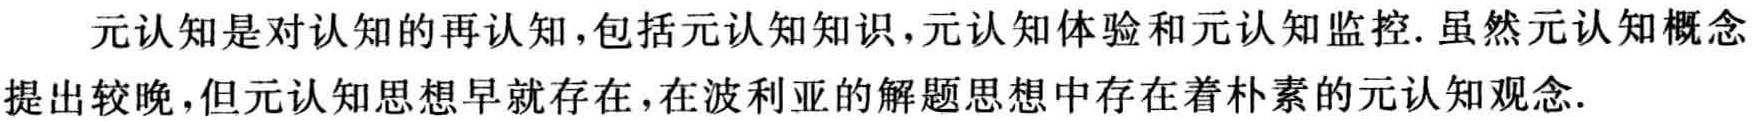
元认知是对认知的再认知,包括元认知知识,元认知体验和元认知监控.虽然元认知概念提出较晚,但元认知思想早就存在,在波利亚的解题思想中存在着朴素的元认知观念.